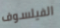
الفيلسوف